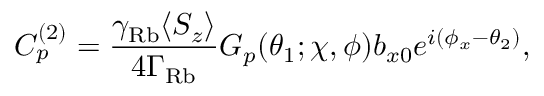
C _ { p } ^ { ( 2 ) } = \frac { \gamma _ { \mathrm { R b } } \langle S _ { z } \rangle } { 4 \Gamma _ { \mathrm { R b } } } G _ { p } ( \theta _ { 1 } ; \chi , \phi ) b _ { x 0 } e ^ { i ( \phi _ { x } - \theta _ { 2 } ) } ,